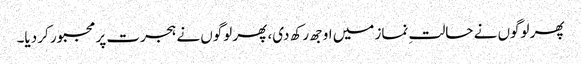
پھر لوگوں نے حالتِ نماز میں اوجھ رکھ دی، پھر لوگوں نے ہجرت پر مجبور کر دیا۔